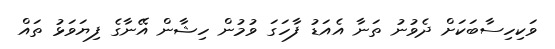
ވަކިހިސާބަކަށް ދެވުނު ތަނާ އެއަޑު ފާހަގަ ވުމުން ހިޝާން އޭނާގެ ފިޔަވަޅު ތައް